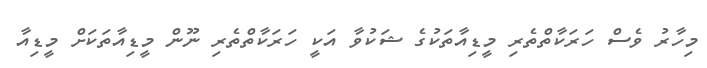
މިހާރު ވެސް ހަރަކާތްތެރި މީޑިއާތަކުގެ ޝަކުވާ އަކީ ހަރަކާތްތެރި ނޫން މީޑިއާތަކަށް މީޑިއާ